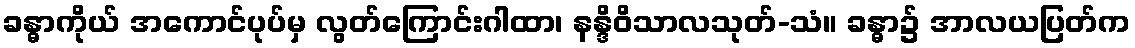
ခန္ဓာကိုယ် အကောင်ပုပ်မှ လွတ်ကြောင်းဂါထာ၊ နန္ဒိဝိသာလသုတ်-သံ။ ခန္ဓာ၌ အာလယပြတ်က